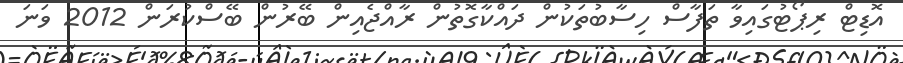
އޮޑިޓް ރިޕޯޓުގައިވާ ތަފާސް ހިސާބުތަކުން ދައްކާގޮތުން ރާއްޖެއިން ބޭރުން ބޭސްކުރަން 2012 ވަނަ